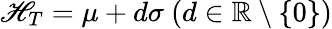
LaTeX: \mathscr{H}_{T}=\mu+d\sigma~(d\in\mathbb{{R}}\setminus\{ 0\} )